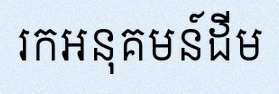
រកអនុគមន៍ដើម